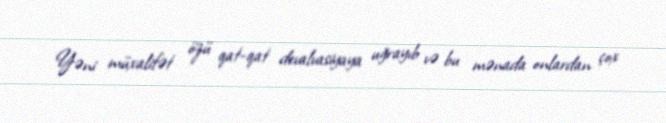
Yəni müxalifət özü qat-qat devalvasiyaya uğrayıb və bu mənada onlardan çox